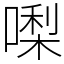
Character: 𠼝